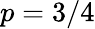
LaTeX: p=3/4